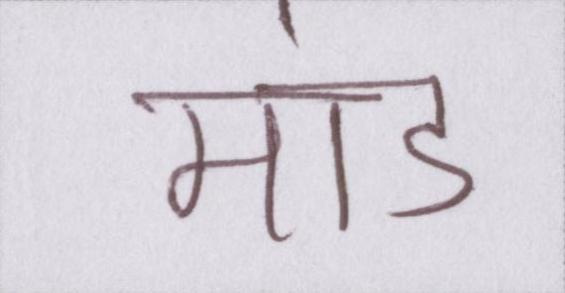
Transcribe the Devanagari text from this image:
मांड